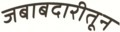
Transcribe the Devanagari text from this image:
जबाबदारीतून